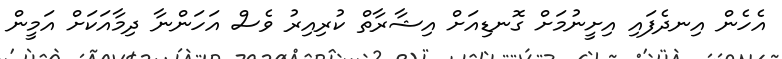
އެހެން އިނދެފައި އިށީނުމަށް ގޮނޑިއަށް އިޝާރާތް ކުރިއިރު ވެސް އަހަންނާ ދިމާއަކަށް އަމީން